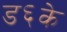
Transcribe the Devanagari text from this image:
ड६के